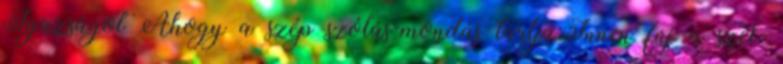
Igazságot Ahogy a szép szólás-mondás tartja:Innen fúj a szél,